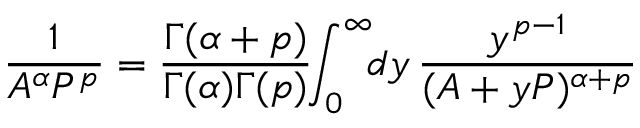
\frac { 1 } { A ^ { \alpha } P ^ { p } } = \frac { \Gamma ( \alpha + p ) } { \Gamma ( \alpha ) \Gamma ( p ) } \! \! \int _ { 0 } ^ { \infty } \! \! d y \, \frac { y ^ { p - 1 } } { ( A + y P ) ^ { \alpha + p } }